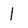
Character: l